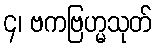
၄၊ ဗကဗြဟ္မသုတ်